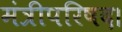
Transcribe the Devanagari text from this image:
मंत्रीपरिषद।